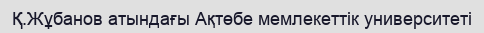
Қ.Жұбанов атындағы Ақтөбе мемлекеттік университеті